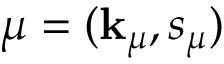
\mu = ( \mathbf { k } _ { \mu } , s _ { \mu } )